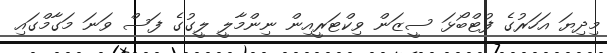
މިދިޔަ އަހަރުގެ ފުޓްބޯޅަ ސީޒަން ވިކްޓަރީއިން ނިންމާލީ ލީގުގެ ފަސް ވަނަ މަގާމްގައި